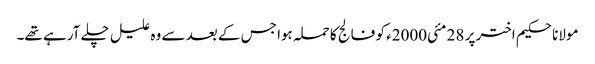
مولانا حکیم اختر پر 28 مئی2000ء کو فالج کا حملہ ہوا جس کے بعد سے وہ علیل چلے آرہے تھے۔